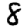
Digit: 8